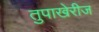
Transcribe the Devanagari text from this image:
तुपाखेरीज